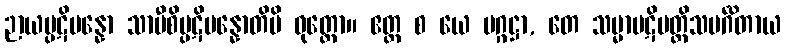
ဉာယပ္ပဋိပန္နော သာမီစိပ္ပဋိပန္နောတိပိ ဝုတ္တော။ ဧတ္ထ စ ယေ မဂ္ဂဋ္ဌာ, တေ သမ္မာပဋိပတ္တိသမင်္ဂိတာယ